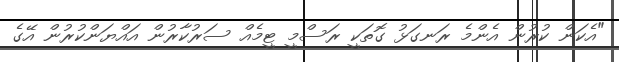
"އެކަން ކުރުން އެންމެ ރަނގަޅު ގޮތަކީ ރަސްމީ ޓީމެއް ސަރުކާރުން އައްޔަންކުރުން އޭގެ